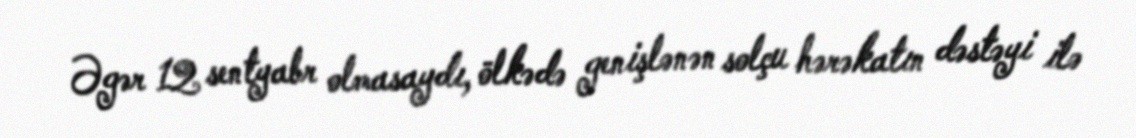
Əgər 12 sentyabr olmasaydı, ölkədə genişlənən solçu hərəkatın dəstəyi ilə